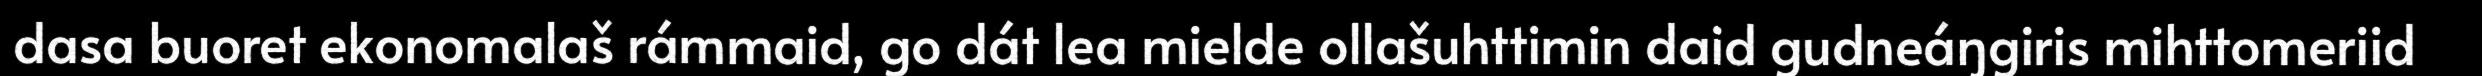
dasa buoret ekonomalaš rámmaid, go dát lea mielde ollašuhttimin daid gudneáŋgiris mihttomeriid